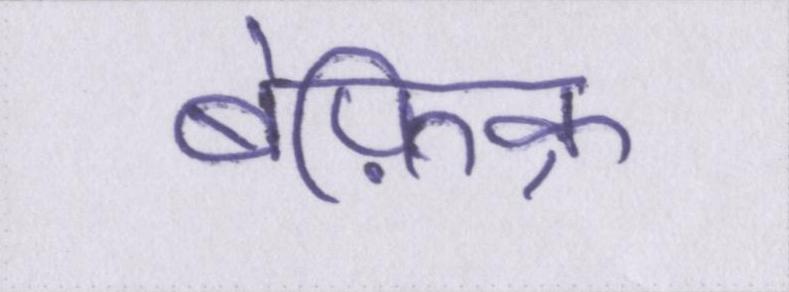
बेफ़िक्र